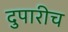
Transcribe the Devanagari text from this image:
दुपारीच